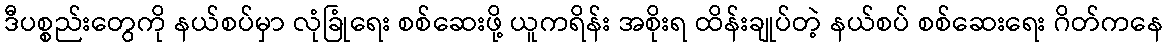
ဒီပစ္စည်းတွေကို နယ်စပ်မှာ လုံခြုံရေး စစ်ဆေးဖို့ ယူကရိန်း အစိုးရ ထိန်းချုပ်တဲ့ နယ်စပ် စစ်ဆေးရေး ဂိတ်ကနေ